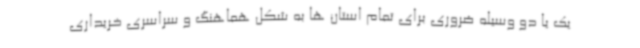
یک یا دو وسیله ضروری برای تمام استان ها به شکل هماهنگ و سراسری خریداری